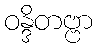
ဝန္ဒိတဗ္ဗာ